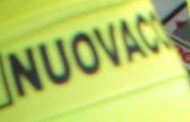
NUOVACC